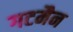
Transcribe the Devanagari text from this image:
गटमैन